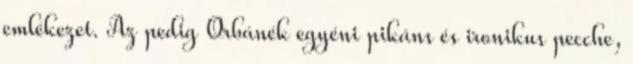
emlékezet. Az pedig Orbánék egyéni pikáns és ironikus pecche,